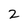
Character: 2